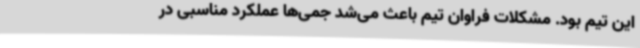
این تیم بود. مشکلات فراوان تیم باعث می‌شد جمی‌ها عملکرد مناسبی در